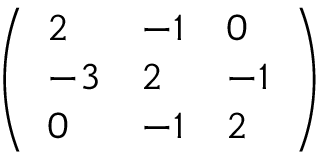
\left( \begin{array} { l l l } { { 2 } } & { { - 1 } } & { { 0 } } \\ { { - 3 } } & { { 2 } } & { { - 1 } } \\ { { 0 } } & { { - 1 } } & { { 2 } } \end{array} \right)